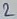
Text: 2